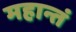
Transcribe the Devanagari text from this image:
महान्तं